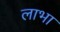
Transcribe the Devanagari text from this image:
लाभा